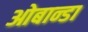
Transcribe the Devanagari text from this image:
ओबान्डा